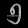
Digit: ၅